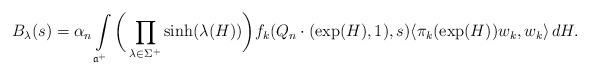
LaTeX: \begin{align*} B_\lambda(s)=\alpha_n\int\limits_{\mathfrak{a}^+}\bigg(\prod_{\lambda\in\Sigma^+}\sinh(\lambda(H))\bigg)f_k(Q_n \cdot (\exp(H), 1), s)\langle\pi_k(\exp(H))w_k,w_k\rangle\,dH.\end{align*}